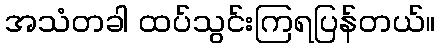
အသံတခါ ထပ်သွင်းကြရပြန်တယ်။